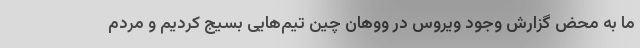
ما به محض گزارش وجود ویروس در ووهان چین تیم‌هایی بسیج کردیم و مردم